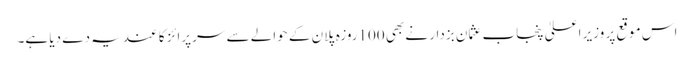
اس موقع پر وزیر اعلیٰ پنجاب عثمان بزدار نے بھی 100روزہ پلان کے حوالے سے سرپرائز کا عندیہ دے دیا ہے۔